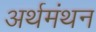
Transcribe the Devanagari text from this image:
अर्थमंथन